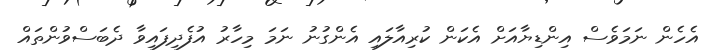
އެހެން ނަމަވެސް އިންޑިޔާއަށް އެކަން ކުރިއާލައި އެންގުނު ނަމަ މިހާރު އުފެދިފައިވާ ދެބަސްވުންތައް